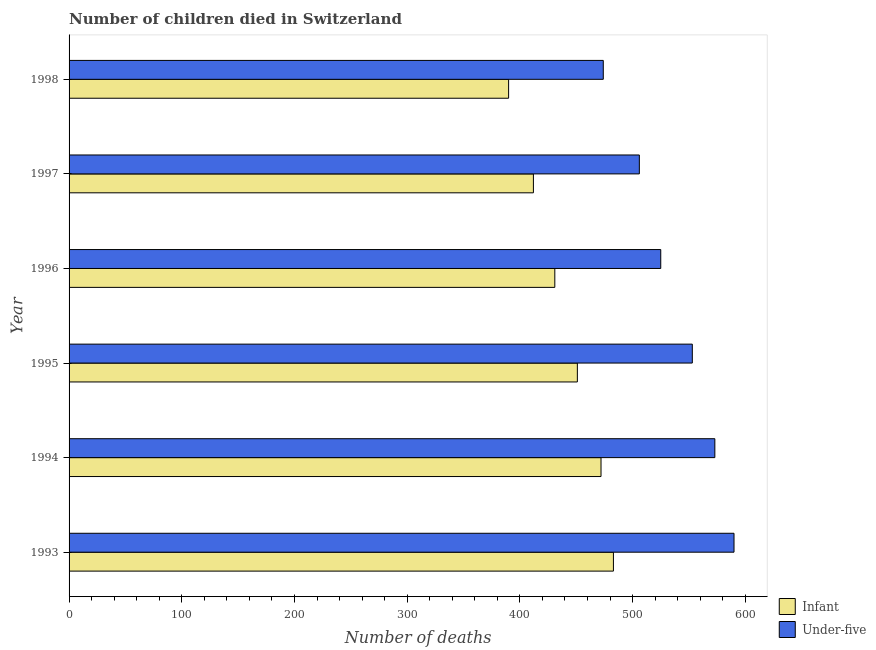
| Year | Infant | Under-five |
 | --- | --- | --- |
 | 1993 | 483 | 590 |
 | 1994 | 472 | 573 |
 | 1995 | 451 | 553 |
 | 1996 | 431 | 525 |
 | 1997 | 412 | 506 |
 | 1998 | 390 | 474 |